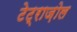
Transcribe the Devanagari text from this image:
टेट्राज़ोल